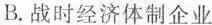
B.战时经济体制企业